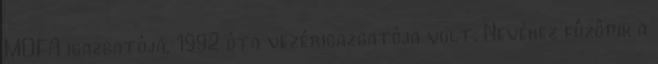
MOFA igazgatója, 1992 óta vezérigazgatója volt. Nevéhez fûzôdik a